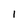
Character: 1